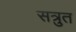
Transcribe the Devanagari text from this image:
सत्रुत